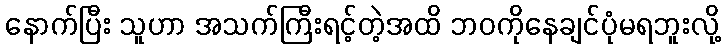
နောက်ပြီး သူဟာ အသက်ကြီးရင့်တဲ့အထိ ဘဝကိုနေချင်ပုံမရဘူးလို့